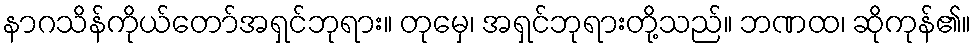
နာဂသိန်ကိုယ်တော်အရှင်ဘုရား။ တုမှေ၊ အရှင်ဘုရားတို့သည်။ ဘဏထ၊ ဆိုကုန်၏။